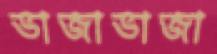
ভাজাভাজা